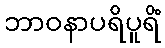
ဘာဝနာပရိပူရိံ